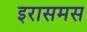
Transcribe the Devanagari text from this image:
इरासमस